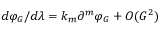
{ d \varphi _ { G } } / { d \lambda } = k _ { m } \partial ^ { m } \varphi _ { G } + { \cal O } ( G ^ { 2 } )